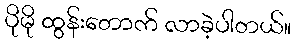
ပိုမို ထွန်းတောက် လာခဲ့ပါတယ်။